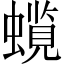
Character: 𧒋